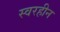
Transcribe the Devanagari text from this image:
स्वरहीन